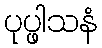
ပုပ္ဖါသနံ